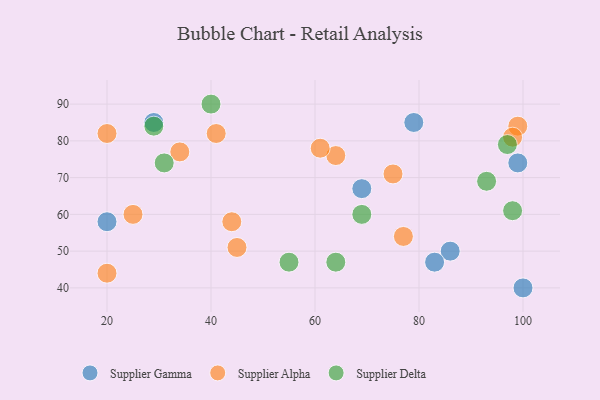
{"axis": {"x": "GDP", "y": "Life Expectancy"}, "legend": ["Supplier Alpha", "Supplier Delta", "Supplier Gamma"], "data": [{"x": "79", "y": 85, "type": "Supplier Gamma"}, {"x": "29", "y": 85, "type": "Supplier Gamma"}, {"x": "20", "y": 58, "type": "Supplier Gamma"}, {"x": "86", "y": 50, "type": "Supplier Gamma"}, {"x": "83", "y": 47, "type": "Supplier Gamma"}, {"x": "99", "y": 74, "type": "Supplier Gamma"}, {"x": "100", "y": 40, "type": "Supplier Gamma"}, {"x": "69", "y": 67, "type": "Supplier Gamma"}, {"x": "20", "y": 44, "type": "Supplier Alpha"}, {"x": "64", "y": 76, "type": "Supplier Alpha"}, {"x": "44", "y": 58, "type": "Supplier Alpha"}, {"x": "99", "y": 84, "type": "Supplier Alpha"}, {"x": "61", "y": 78, "type": "Supplier Alpha"}, {"x": "75", "y": 71, "type": "Supplier Alpha"}, {"x": "25", "y": 60, "type": "Supplier Alpha"}, {"x": "77", "y": 54, "type": "Supplier Alpha"}, {"x": "20", "y": 82, "type": "Supplier Alpha"}, {"x": "34", "y": 77, "type": "Supplier Alpha"}, {"x": "45", "y": 51, "type": "Supplier Alpha"}, {"x": "98", "y": 81, "type": "Supplier Alpha"}, {"x": "41", "y": 82, "type": "Supplier Alpha"}, {"x": "29", "y": 84, "type": "Supplier Delta"}, {"x": "55", "y": 47, "type": "Supplier Delta"}, {"x": "64", "y": 47, "type": "Supplier Delta"}, {"x": "93", "y": 69, "type": "Supplier Delta"}, {"x": "40", "y": 90, "type": "Supplier Delta"}, {"x": "98", "y": 61, "type": "Supplier Delta"}, {"x": "69", "y": 60, "type": "Supplier Delta"}, {"x": "31", "y": 74, "type": "Supplier Delta"}, {"x": "97", "y": 79, "type": "Supplier Delta"}]}